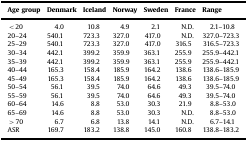
| Age group | Denmark | Iceland | Norway | Sweden | France | Range |
 | --- | --- | --- | --- | --- | --- | --- |
 | <20 | 4.0 | 10.8 | 4.9 | 2.1 | N.D. | 2.1–10.8 |
 | 20–24 | 540.1 | 723.3 | 327.0 | 417.0 | N.D. | 327.0–723.3 |
 | 25–29 | 540.1 | 723.3 | 327.0 | 417.0 | 316.5 | 316.5–723.3 |
 | 30–34 | 442.1 | 399.2 | 359.9 | 363.1 | 255.9 | 255.9–442.1 |
 | 35–39 | 442.1 | 399.2 | 359.9 | 363.1 | 255.9 | 255.9–442.1 |
 | 40–44 | 165.3 | 158.4 | 185.9 | 164.2 | 138.6 | 138.6–185.9 |
 | 45–49 | 165.3 | 158.4 | 185.9 | 164.2 | 138.6 | 138.6–185.9 |
 | 50–54 | 56.1 | 39.5 | 74.0 | 64.6 | 49.3 | 39.5–74.0 |
 | 55–59 | 56.1 | 39.5 | 74.0 | 64.6 | 49.3 | 39.5–74.0 |
 | 60–64 | 14.6 | 8.8 | 53.0 | 30.3 | 21.9 | 8.8–53.0 |
 | 65–69 | 14.6 | 8.8 | 53.0 | 30.3 | N.D. | 8.8–53.0 |
 | >70 | 6.7 | 6.8 | 13.8 | 14.1 | N.D. | 6.7–14.1 |
 | ASR | 169.7 | 183.2 | 138.8 | 145.0 | 160.8 | 138.8–183.2 |